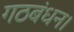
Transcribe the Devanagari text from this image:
गठबंधन।